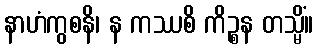
နာဟံကွစနိ၊ န ကဿစိ ကိဉ္စန တသ္မိံ။